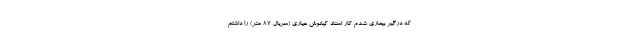
که درگیر بیماری شدم کار استاد کیانوش عیاری (سریال ۸۷ متر) را داشتم